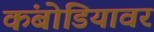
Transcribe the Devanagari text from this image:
कंबोडियावर